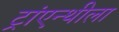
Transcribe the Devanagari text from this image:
ट्रांएन्थीला